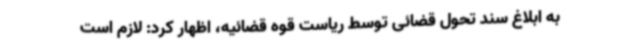
به ابلاغ سند تحول قضائی توسط ریاست قوه قضائیه، اظهار کرد: لازم است